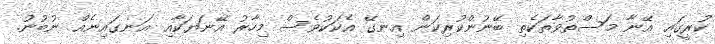
ކުރީގައި އޭނާ މަސްތުވާތަކެތި ބޭނުންކުރިކަން އިނގޭ އެކަކުވެސް މިހާރު އޭނަޔަކާއި އަނގައިނެއް ނުބުނު.